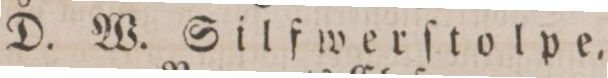
D. W. Silfwerſtolpe,